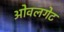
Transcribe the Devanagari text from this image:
ओवलगेट